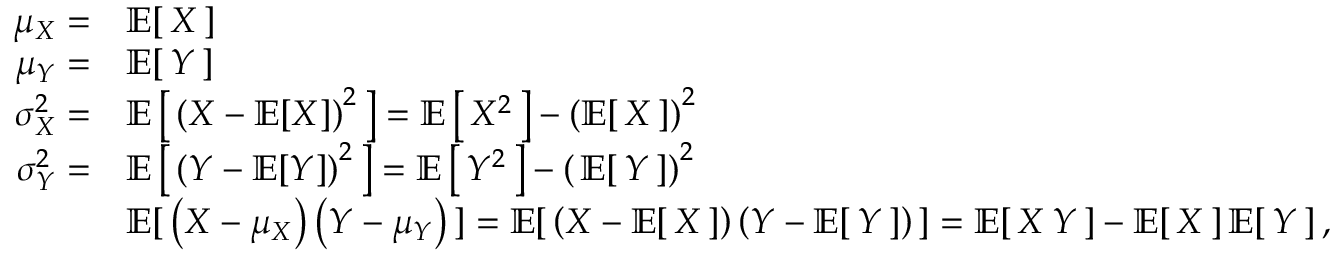
{ \begin{array} { r l } { \mu _ { X } = } & { \operatorname { \mathbb { E } } [ \, X \, ] } \\ { \mu _ { Y } = } & { \operatorname { \mathbb { E } } [ \, Y \, ] } \\ { \sigma _ { X } ^ { 2 } = } & { \operatorname { \mathbb { E } } \left[ \, \left( X - \operatorname { \mathbb { E } } [ X ] \right) ^ { 2 } \, \right] = \operatorname { \mathbb { E } } \left[ \, X ^ { 2 } \, \right] - \left( \operatorname { \mathbb { E } } [ \, X \, ] \right) ^ { 2 } } \\ { \sigma _ { Y } ^ { 2 } = } & { \operatorname { \mathbb { E } } \left[ \, \left( Y - \operatorname { \mathbb { E } } [ Y ] \right) ^ { 2 } \, \right] = \operatorname { \mathbb { E } } \left[ \, Y ^ { 2 } \, \right] - \left( \, \operatorname { \mathbb { E } } [ \, Y \, ] \right) ^ { 2 } } \\ & { \operatorname { \mathbb { E } } [ \, \left( X - \mu _ { X } \right) \left( Y - \mu _ { Y } \right) \, ] = \operatorname { \mathbb { E } } [ \, \left( X - \operatorname { \mathbb { E } } [ \, X \, ] \right) \left( Y - \operatorname { \mathbb { E } } [ \, Y \, ] \right) \, ] = \operatorname { \mathbb { E } } [ \, X \, Y \, ] - \operatorname { \mathbb { E } } [ \, X \, ] \operatorname { \mathbb { E } } [ \, Y \, ] \, , } \end{array} }